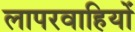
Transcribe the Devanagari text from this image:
लापरवाहियों